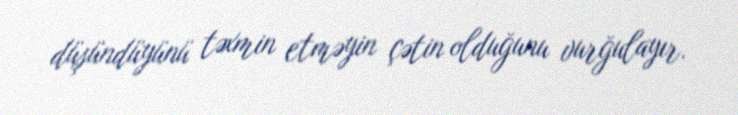
düşündüyünü təxmin etməyin çətin olduğunu vurğulayır.